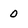
Character: 0